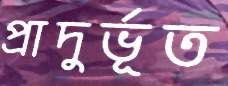
প্রাদুর্ভূত